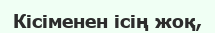
Кісіменен ісің жоқ,